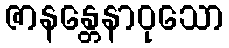
ဇာနန္တေနာဝုသော